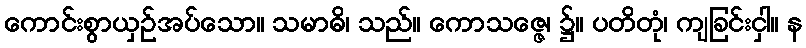
ကောင်းစွာယှဉ်အပ်သော။ သမာဓိ၊ သည်။ ကောသဇ္ဇေ၊ ၌။ ပတိတုံ၊ ကျခြင်းငှါ။ န